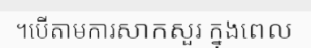
។បើតាមការសាកសួរ ក្នុងពេល